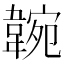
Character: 𩎺